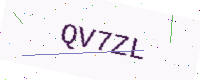
Text: QV7ZL